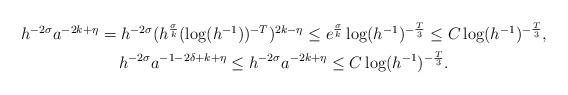
LaTeX: \begin{align*} \begin{gathered} h^{-2\sigma} a^{-2k + \eta} = h^{-2\sigma} (h^{\frac{\sigma}{k}} (\log(h^{-1}))^{-T})^{2k - \eta} \le e^{\frac{\sigma}{k}} \log(h^{-1})^{-\frac{T}{3}} \le C \log(h^{-1})^{-\frac{T}{3}}, \\ h^{-2\sigma} a^{-1 - 2\delta + k + \eta} \le h^{-2\sigma} a^{-2k + \eta} \le C \log(h^{-1})^{-\frac{T}{3}}. \end{gathered} \end{align*}